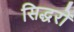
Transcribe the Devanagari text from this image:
सिद्धरों